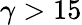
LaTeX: \gamma>15